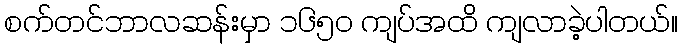
စက်တင်ဘာလဆန်းမှာ ၁၆၅ဝ ကျပ်အထိ ကျလာခဲ့ပါတယ်။